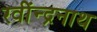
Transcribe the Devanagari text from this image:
रवींन्द्रनाथ